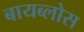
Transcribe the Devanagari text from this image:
बायब्लोस